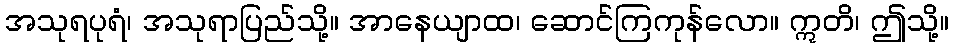
အသုရပုရံ၊ အသုရာပြည်သို့။ အာနေယျာထ၊ ဆောင်ကြကုန်လော။ ဣတိ၊ ဤသို့။